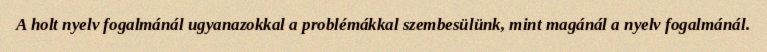
A holt nyelv fogalmánál ugyanazokkal a problémákkal szembesülünk, mint magánál a nyelv fogalmánál.